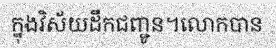
ក្នុងវិស័យដឹកជញ្ជូន។លោកបាន